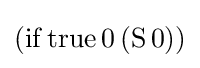
(\mathrm {if} \,\mathrm {true} \,0\,(\mathrm {S} \,0))